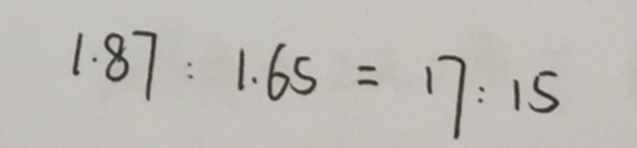
1 \cdot 8 7 : 1 . 6 5 = 1 7 : 1 5